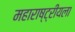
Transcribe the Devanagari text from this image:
महाराष्ट्रीयला